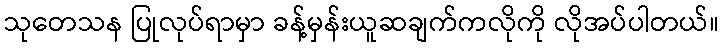
သုတေသန ပြုလုပ်ရာမှာ ခန့်မှန်းယူဆချက်ကလိုကို လိုအပ်ပါတယ်။